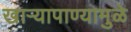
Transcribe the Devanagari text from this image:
खार्‍यापाण्यामुळे